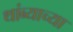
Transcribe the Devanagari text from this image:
थांब्याच्या